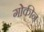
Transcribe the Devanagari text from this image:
गोकीन